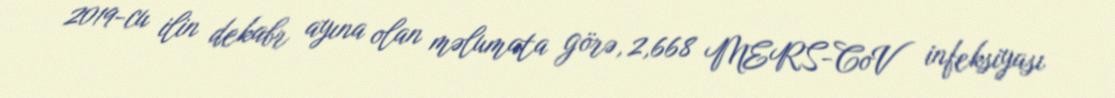
2019-cu ilin dekabr ayına olan məlumata görə, 2,668 MERS-CoV infeksiyası